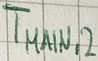
Text: TMAIN,2